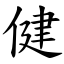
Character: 健